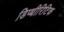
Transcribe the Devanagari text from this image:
डिप्थीरिटिक